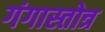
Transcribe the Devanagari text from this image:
गंगास्तोत्र